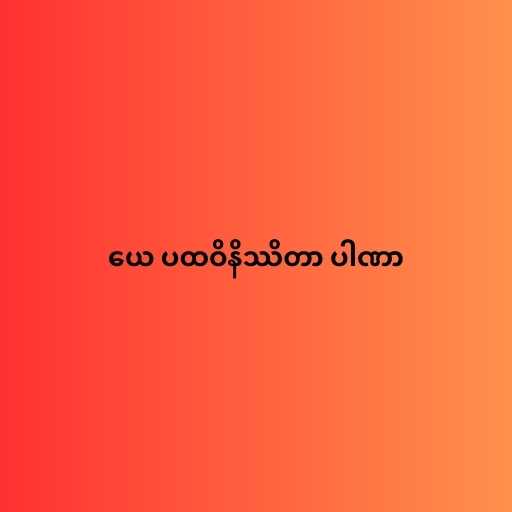
ယေ ပထဝိနိဿိတာ ပါဏာ